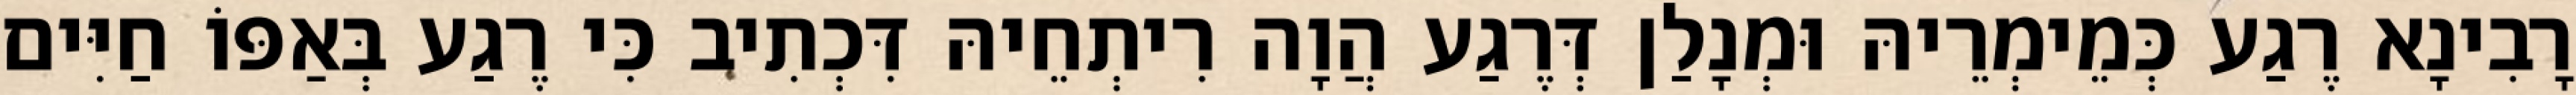
רָבִינָא רֶגַע כְּמֵימְרֵיהּ וּמְנָלַן דְּרֶגַע הֲוָה רִיתְחֵיהּ דִּכְתִיב כִּי רֶגַע בְּאַפּוֹ חַיִּים